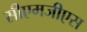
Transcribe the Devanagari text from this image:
सीएमजीएस